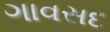
ગાવસદ